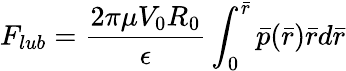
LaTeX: F_{lub}=\frac{2{\pi}{\mu}V_{0}R_{0}}{\epsilon}\int_{0}^{\bar{r}}\bar{p}(\bar{r})\bar{r}d\bar{r}